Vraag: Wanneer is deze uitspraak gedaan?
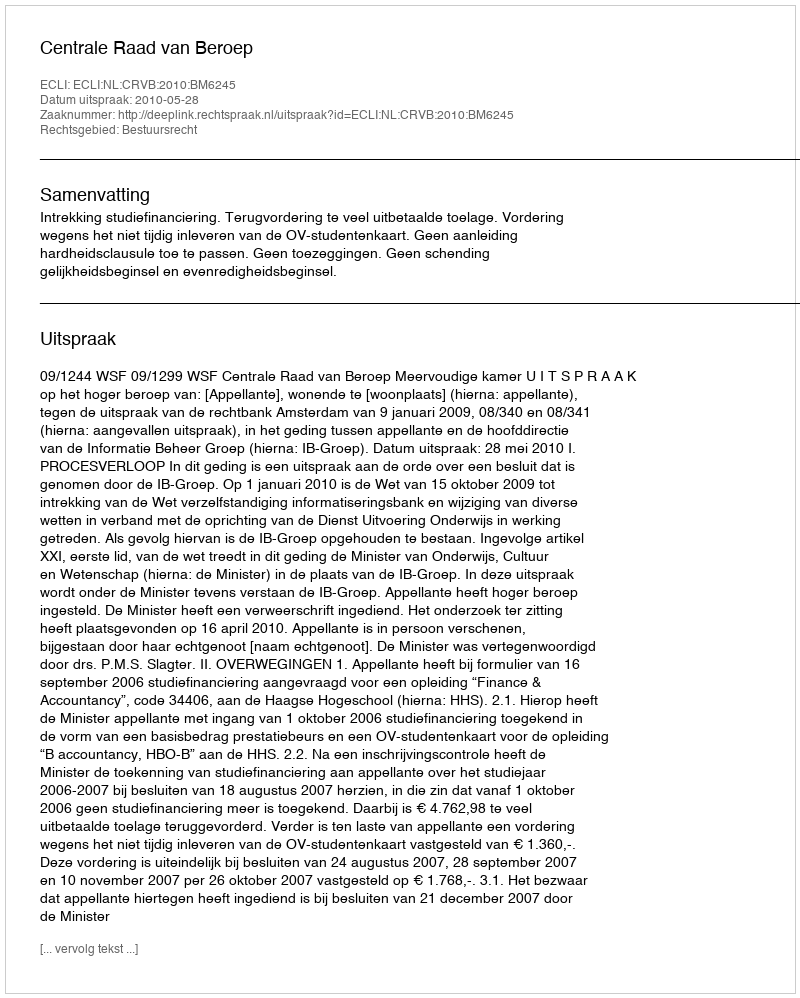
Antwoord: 2010-05-28